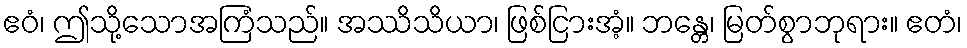
ဧဝံ၊ ဤသို့သောအကြံသည်။ အဿိသိယာ၊ ဖြစ်ငြားအံ့။ ဘန္တေ၊ မြတ်စွာဘုရား။ ဧတံ၊